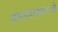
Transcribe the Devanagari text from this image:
अवघडल्यासारखे